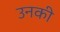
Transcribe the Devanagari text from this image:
उनकी